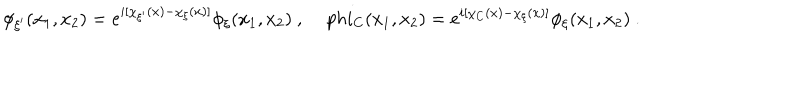
\phi _ { \xi ^ { \prime } } ( x _ { 1 } , x _ { 2 } ) = e ^ { i [ \chi _ { \xi ^ { \prime } } ( x ) - \chi _ { \xi } ( x ) ] } \phi _ { \xi } ( x _ { 1 } , x _ { 2 } ) \ , \, p h i _ { C } ( x _ { 1 } , x _ { 2 } ) = e ^ { i [ \chi _ { C } ( x ) - \chi _ { \xi } ( x ) ] } \phi _ { \xi } ( x _ { 1 } , x _ { 2 } ) \ .